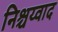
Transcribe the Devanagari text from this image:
निश्चय्वाद